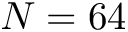
N = 6 4